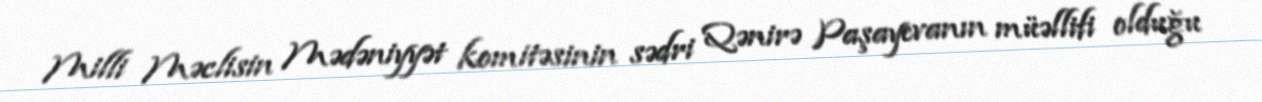
Milli Məclisin Mədəniyyət komitəsinin sədri Qənirə Paşayevanın müəllifi olduğu